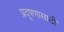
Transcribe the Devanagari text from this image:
प्रदूषणासाठी